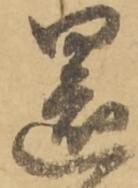
還